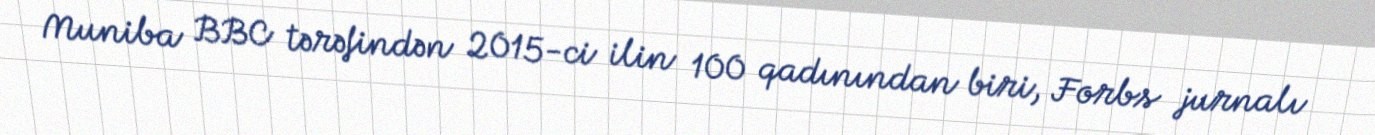
Muniba BBC tərəfindən 2015-ci ilin 100 qadınından biri, Forbs jurnalı